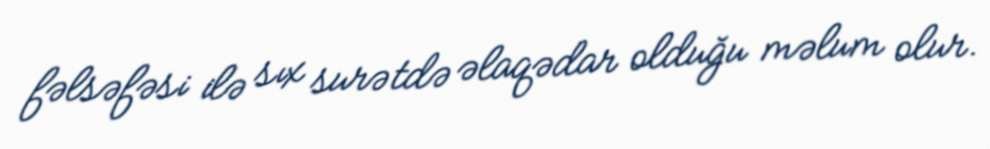
fəlsəfəsi ilə sıx surətdə əlaqədar olduğu məlum olur.